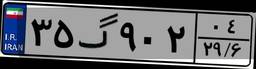
۳۵گ۹۰۲۰۴